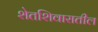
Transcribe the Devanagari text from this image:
शेतशिवारातील